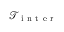
\mathcal { T } _ { \mathrm { ~ i ~ n ~ t ~ e ~ r ~ } }